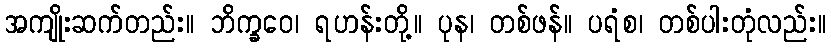
အကျိုးဆက်တည်း။ ဘိက္ခဝေ၊ ရဟန်းတို့။ ပုန၊ တစ်ဖန်။ ပရံစ၊ တစ်ပါးတုံလည်း။